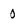
Character: 0